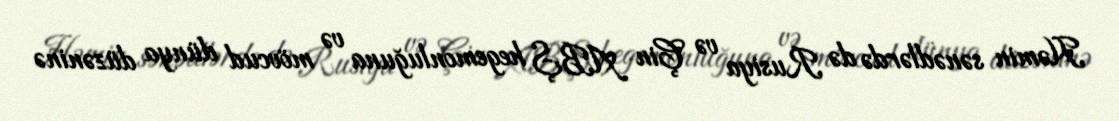
Həmin sənədlərdə də Rusiya və Çin ABŞ hegemonluğuna və mövcud dünya düzəninə